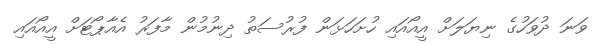
ވަނަ ދުވަހުގެ ނިޔަލަށް އީއޯއައި ހުށަހަޅަން ފުރުސަތު ދިނުމުން މާފަރު އެއާޕޯޓަށް އީއޯއައި